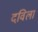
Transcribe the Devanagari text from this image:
दविला